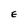
Character: E